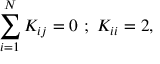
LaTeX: \sum _ { i = 1 } ^ { N } K _ { i j } = 0 \ ; \ K _ { i i } = 2 ,